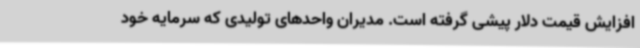
افزایش قیمت دلار پیشی گرفته است. مدیران واحدهای تولیدی که سرمایه خود